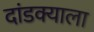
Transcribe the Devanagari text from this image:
दांडक्याला